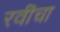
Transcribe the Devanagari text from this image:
रवींचा